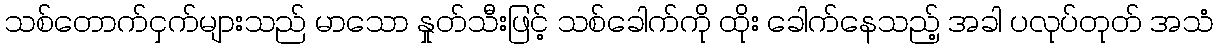
သစ်တောက်ငှက်များသည် မာသော နှုတ်သီးဖြင့် သစ်ခေါက်ကို ထိုး ခေါက်နေသည့် အခါ ပလုပ်တုတ် အသံ